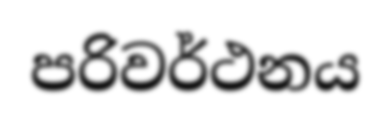
පරිවර්ථනය